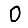
Digit: 0